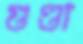
গুণ্ডা